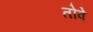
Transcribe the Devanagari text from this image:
तोवे